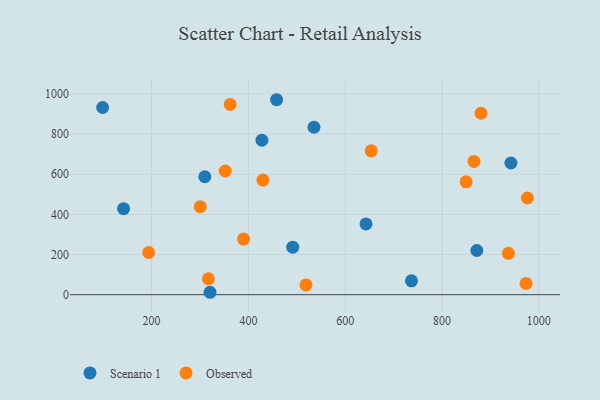
{"axis": {"x": "Speed", "y": "Salary"}, "legend": ["Observed", "Scenario 1"], "data": [{"x": "310.0", "y": 587.6, "type": "Scenario 1"}, {"x": "142.2", "y": 428.6, "type": "Scenario 1"}, {"x": "320.7", "y": 12.0, "type": "Scenario 1"}, {"x": "491.6", "y": 236.8, "type": "Scenario 1"}, {"x": "98.9", "y": 932.5, "type": "Scenario 1"}, {"x": "736.9", "y": 69.1, "type": "Scenario 1"}, {"x": "428.0", "y": 769.3, "type": "Scenario 1"}, {"x": "535.5", "y": 834.2, "type": "Scenario 1"}, {"x": "642.9", "y": 352.6, "type": "Scenario 1"}, {"x": "871.9", "y": 220.1, "type": "Scenario 1"}, {"x": "458.3", "y": 971.3, "type": "Scenario 1"}, {"x": "942.3", "y": 656.1, "type": "Scenario 1"}, {"x": "317.4", "y": 79.1, "type": "Observed"}, {"x": "194.0", "y": 210.2, "type": "Observed"}, {"x": "880.5", "y": 904.0, "type": "Observed"}, {"x": "430.1", "y": 571.1, "type": "Observed"}, {"x": "973.5", "y": 55.9, "type": "Observed"}, {"x": "849.9", "y": 562.5, "type": "Observed"}, {"x": "352.2", "y": 616.2, "type": "Observed"}, {"x": "362.4", "y": 947.9, "type": "Observed"}, {"x": "390.1", "y": 277.0, "type": "Observed"}, {"x": "653.8", "y": 716.6, "type": "Observed"}, {"x": "937.1", "y": 206.3, "type": "Observed"}, {"x": "866.0", "y": 664.0, "type": "Observed"}, {"x": "300.6", "y": 438.6, "type": "Observed"}, {"x": "976.3", "y": 481.7, "type": "Observed"}, {"x": "519.0", "y": 48.4, "type": "Observed"}]}